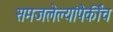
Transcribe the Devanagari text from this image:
समजलेल्यांपैकींच